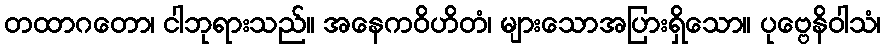
တထာဂတော၊ ငါဘုရားသည်။ အနေကဝိဟိတံ၊ များသောအပြားရှိသော။ ပုဗ္ဗေနိဝါသံ၊